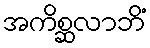
အကိစ္ဆလာဘိံ